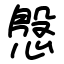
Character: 慇